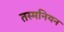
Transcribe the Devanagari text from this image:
तस्मनियन